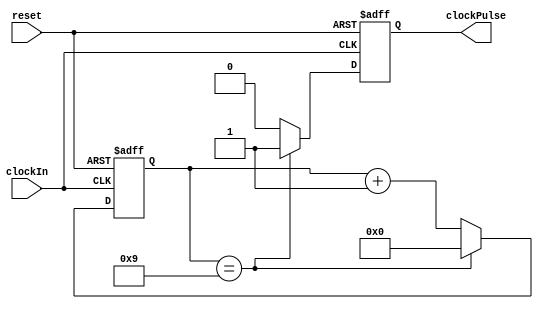
/* Author: Provided by instrucotr
*	ClockDivider Purpose:
*	Reduce 50Hz signal down to a 10Hz signal.
*
*/

module clockEnable(input wire clockIn, input wire reset, output wire clockPulse);
	
	localparam divisor = 9;
	reg[31:0] count;
	reg clockOut;
	always @(posedge clockIn, posedge reset)
	begin
		if(reset)begin
			count <= 32'b0;
			clockOut <= 1'b0;
		end
		else if(count == divisor) begin
			count <= 32'b0;
			clockOut <= 1'b1;
		end
		else begin
			count <= count +1;
			clockOut <= 1'b0;
		end
	end
	
	assign clockPulse = clockOut;
endmodule